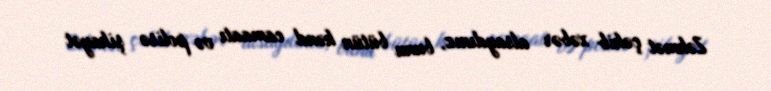
Zəhmət çəkib xəbər alsaydınız, bunu bütün kənd camaatı və polisə şikayət